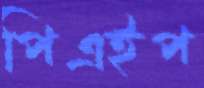
পিএইপ